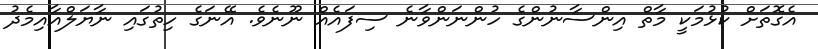
އެގޮތަށް ކުޅުމަކީ މާތް އިންސާނުންގެ ހުންނަންވާނެ ސިފައެއް ނޫނެވެ. އޭނަގެ ހިތުގައި ނާޔަލްއާއިމެދު